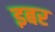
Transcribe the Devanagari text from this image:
इबर